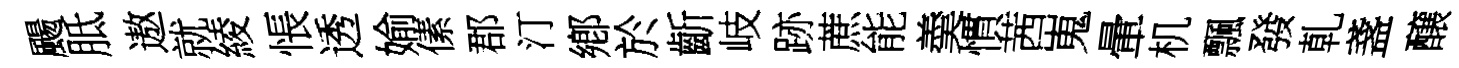
颺胝遨就綾悵透媮傃郡汀鄕於齗岐跡蔗能羮慣茜嵬暈机飄發乹盞醸